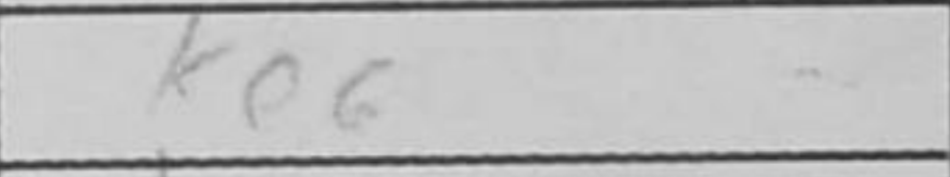
Transcription: Ke6